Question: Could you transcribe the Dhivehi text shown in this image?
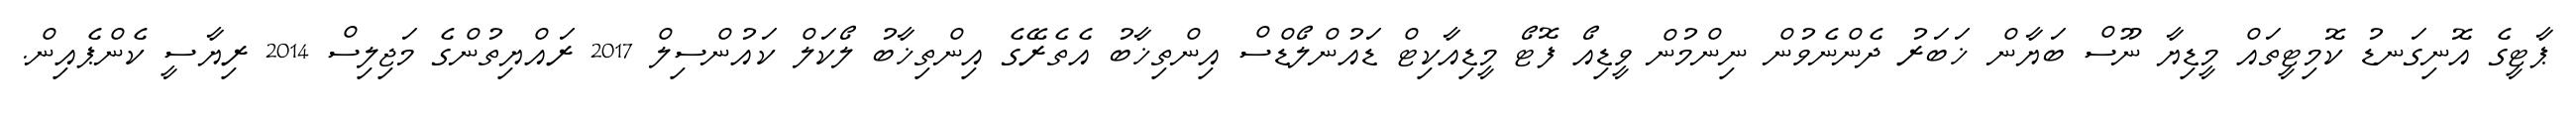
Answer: ޕާޓީގެ އޮނިގަނޑު ކޮމިޓީތައް މީޑިޔާ ނޫސް ބަޔާން ޚަބަރު ދެންނެވުން ނިންމުން ވީޑިއޯ ފޮޓޯ މީޑިއާކިޓް ޑައުންލޯޑްސް އިންތިޚާބު އެތެރޭގެ އިންތިޚާބު ލޯކަލް ކައުންސިލް 2017 ރައްޔިތުންގެ މަޖިލިސް 2014 ރިޔާސީ ކެންޕެއިން.